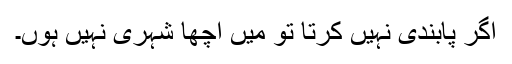
اگر پابندی نہیں کرتا تو میں اچھا شہری نہیں ہوں۔